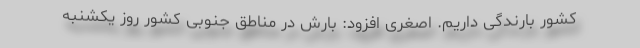
کشور بارندگی داریم. اصغری افزود: بارش در مناطق جنوبی کشور روز یکشنبه